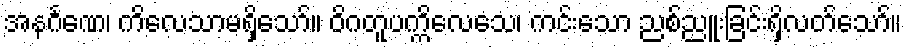
အနင်္ဂဏေ၊ ကိလေသာမရှိသော်။ ဝိဂတူပက္ကိလေသေ၊ ကင်းသော ညစ်ညူးခြင်းရှိလတ်သော်။